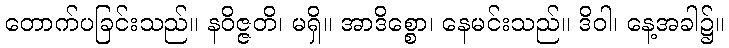
တောက်ပခြင်းသည်။ နဝိဇ္ဇတိ၊ မရှိ။ အာဒိစ္စော၊ နေမင်းသည်။ ဒိဝါ၊ နေ့အခါ၌။